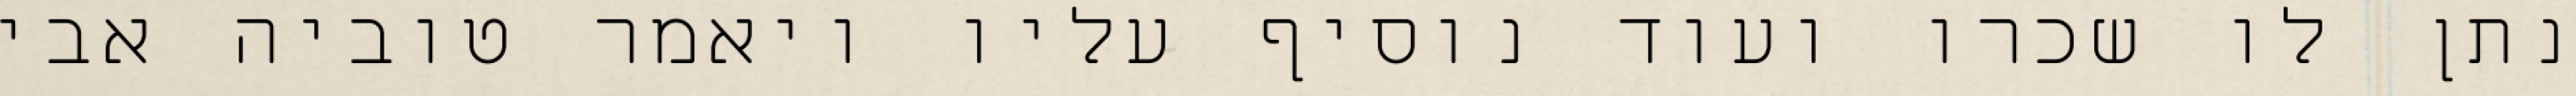
נתן לו שכרו ועוד נוסיף עליו ויאמר טוביה אבי